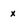
Character: x